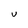
Character: U